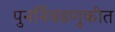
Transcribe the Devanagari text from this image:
पुनर्निवडणुकीत